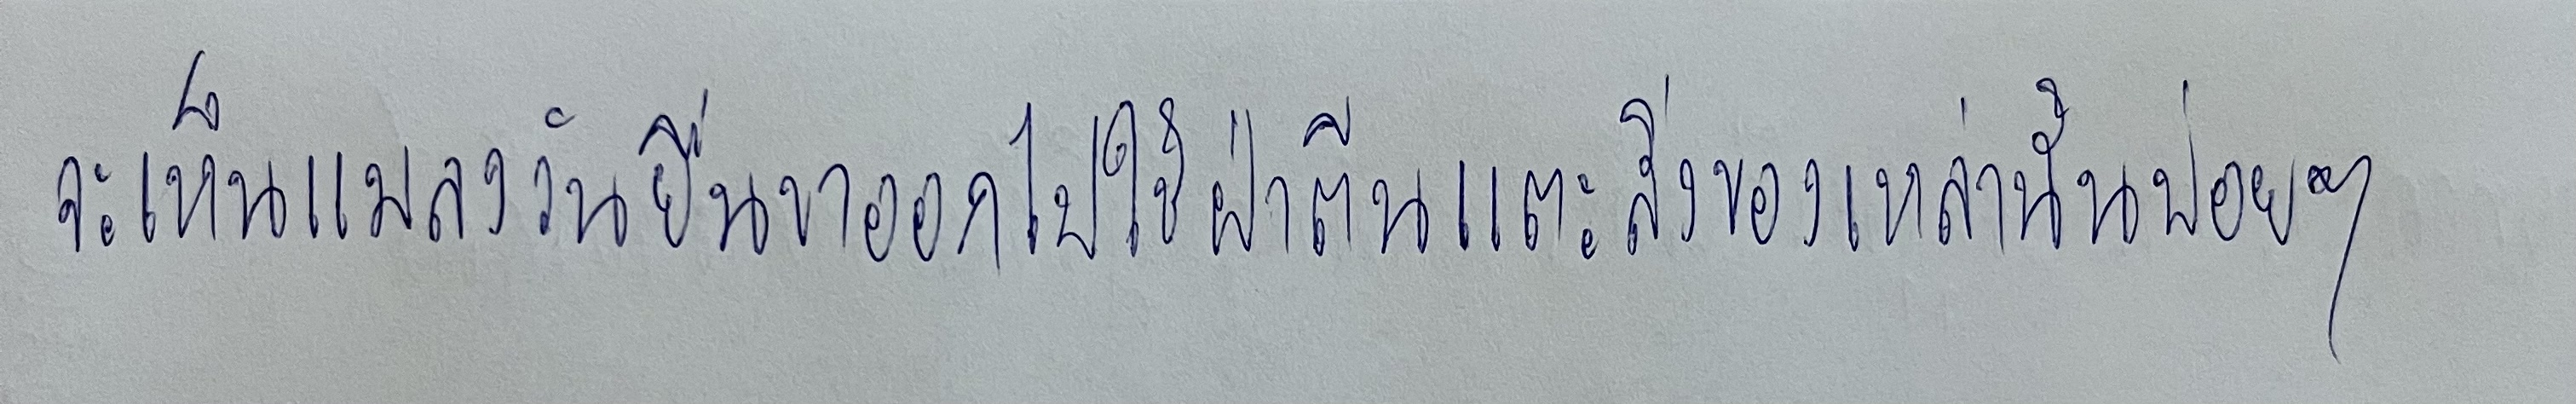
จะเห็นแมลงวันยื่นขาออกไปใช้ฝ่าตีนแตะสิ่งของเหล่านั้นบ่อยๆ